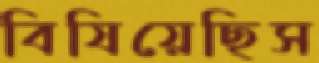
বিষিয়েছিস